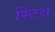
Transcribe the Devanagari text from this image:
स्टिथ